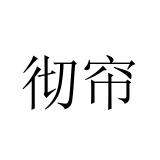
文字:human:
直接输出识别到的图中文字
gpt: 彻帘